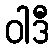
ဝါဒီ